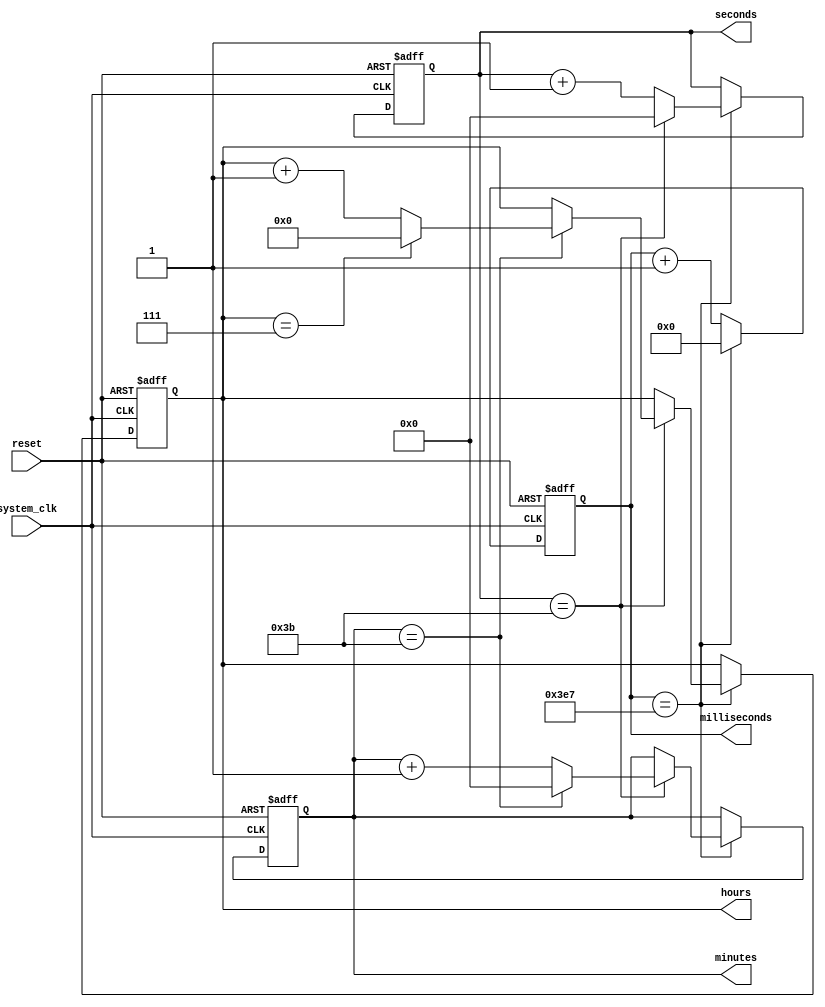
module real_time_clock (
  input wire system_clk,
  input wire reset,
  output reg [3:0] hours,
  output reg [5:0] minutes,
  output reg [5:0] seconds,
  output reg [9:0] milliseconds
);

reg [3:0] hours_reg;
reg [5:0] minutes_reg;
reg [5:0] seconds_reg;
reg [9:0] milliseconds_reg;

always @ (posedge system_clk or negedge reset) begin
  if (!reset) begin
    hours_reg <= 4'b0000;
    minutes_reg <= 6'b000000;
    seconds_reg <= 6'b000000;
    milliseconds_reg <= 10'b0000000000;
  end else begin
    milliseconds_reg <= milliseconds_reg + 1;
    if (milliseconds_reg == 10'd999) begin
      milliseconds_reg <= 10'b0000000000;
      seconds_reg <= seconds_reg + 1;
      if (seconds_reg == 6'd59) begin
        seconds_reg <= 6'b000000;
        minutes_reg <= minutes_reg + 1;
        if (minutes_reg == 6'd59) begin
          minutes_reg <= 6'b000000;
          hours_reg <= hours_reg + 1;
          if (hours_reg == 4'd23) begin
            hours_reg <= 4'b0000;
          end
        end
      end
    end
  end
end

assign hours = hours_reg;
assign minutes = minutes_reg;
assign seconds = seconds_reg;
assign milliseconds = milliseconds_reg;

endmodule